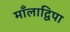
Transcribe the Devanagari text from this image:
माँलाद्विपा